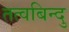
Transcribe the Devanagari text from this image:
तत्वबिन्दु